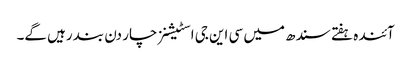
آئندہ ہفتے سندھ میں سی این جی اسٹیشنز چار دن بند رہیں گے۔